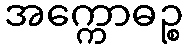
အက္ကောဓဉ္စ